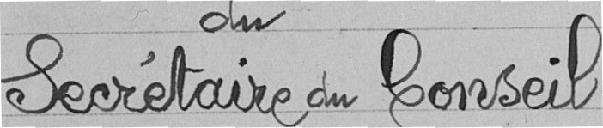
du Secrétaire du Conseil